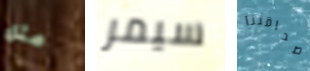
مثل سيمر صداقتنا